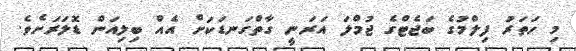
މި ހަތަރު ފިލްމުގެ ބަޖެޓްގެ ޖުމްލަ އަރަނީ ގާތްގަނޑަކަށް އެއް ބިލިއަން ޑޮލަރަށެވެ.